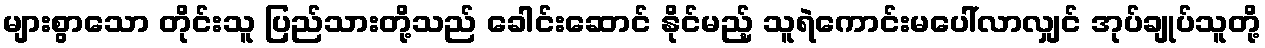
များစွာသော တိုင်းသူ ပြည်သားတို့သည် ခေါင်းဆောင် နိုင်မည့် သူရဲကောင်းမပေါ်လာလျှင် အုပ်ချုပ်သူတို့